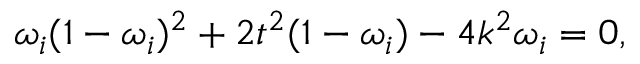
\omega _ { i } ( 1 - \omega _ { i } ) ^ { 2 } + 2 t ^ { 2 } ( 1 - \omega _ { i } ) - 4 k ^ { 2 } \omega _ { i } = 0 ,